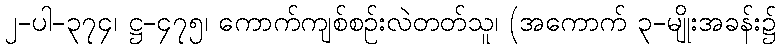
၂-ပါ-၃၇၄၊ ဋ္ဌ-၄၇၅၊ ကောက်ကျစ်စဉ်းလဲတတ်သူ၊ (အကောက် ၃-မျိုးအခန်း၌